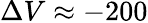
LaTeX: \Delta V\approx-200